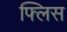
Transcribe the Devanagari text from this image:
फ्लिस